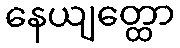
နေယျတ္ထော